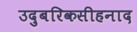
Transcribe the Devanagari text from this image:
उदुबरिकसीहनाद